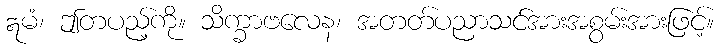
ဣမံ၊ ဤတပည့်ကို။ သိက္ခာဗလေန၊ အတတ်ပညာသင်အားအစွမ်းအားဖြင့်။